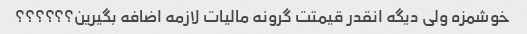
خوشمزه ولی دیگه انقدر قیمتت گرونه مالیات لازمه اضافه بگیرین؟؟؟؟؟؟